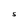
Character: S